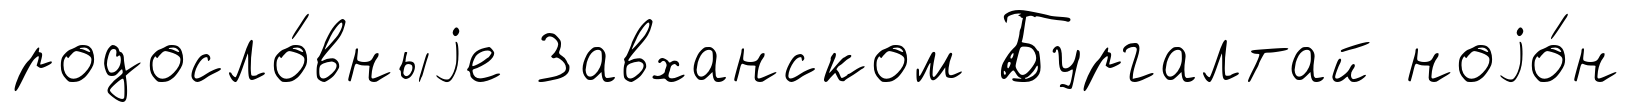
родосло́вныjе Завханском Бургалтай ноjо́н